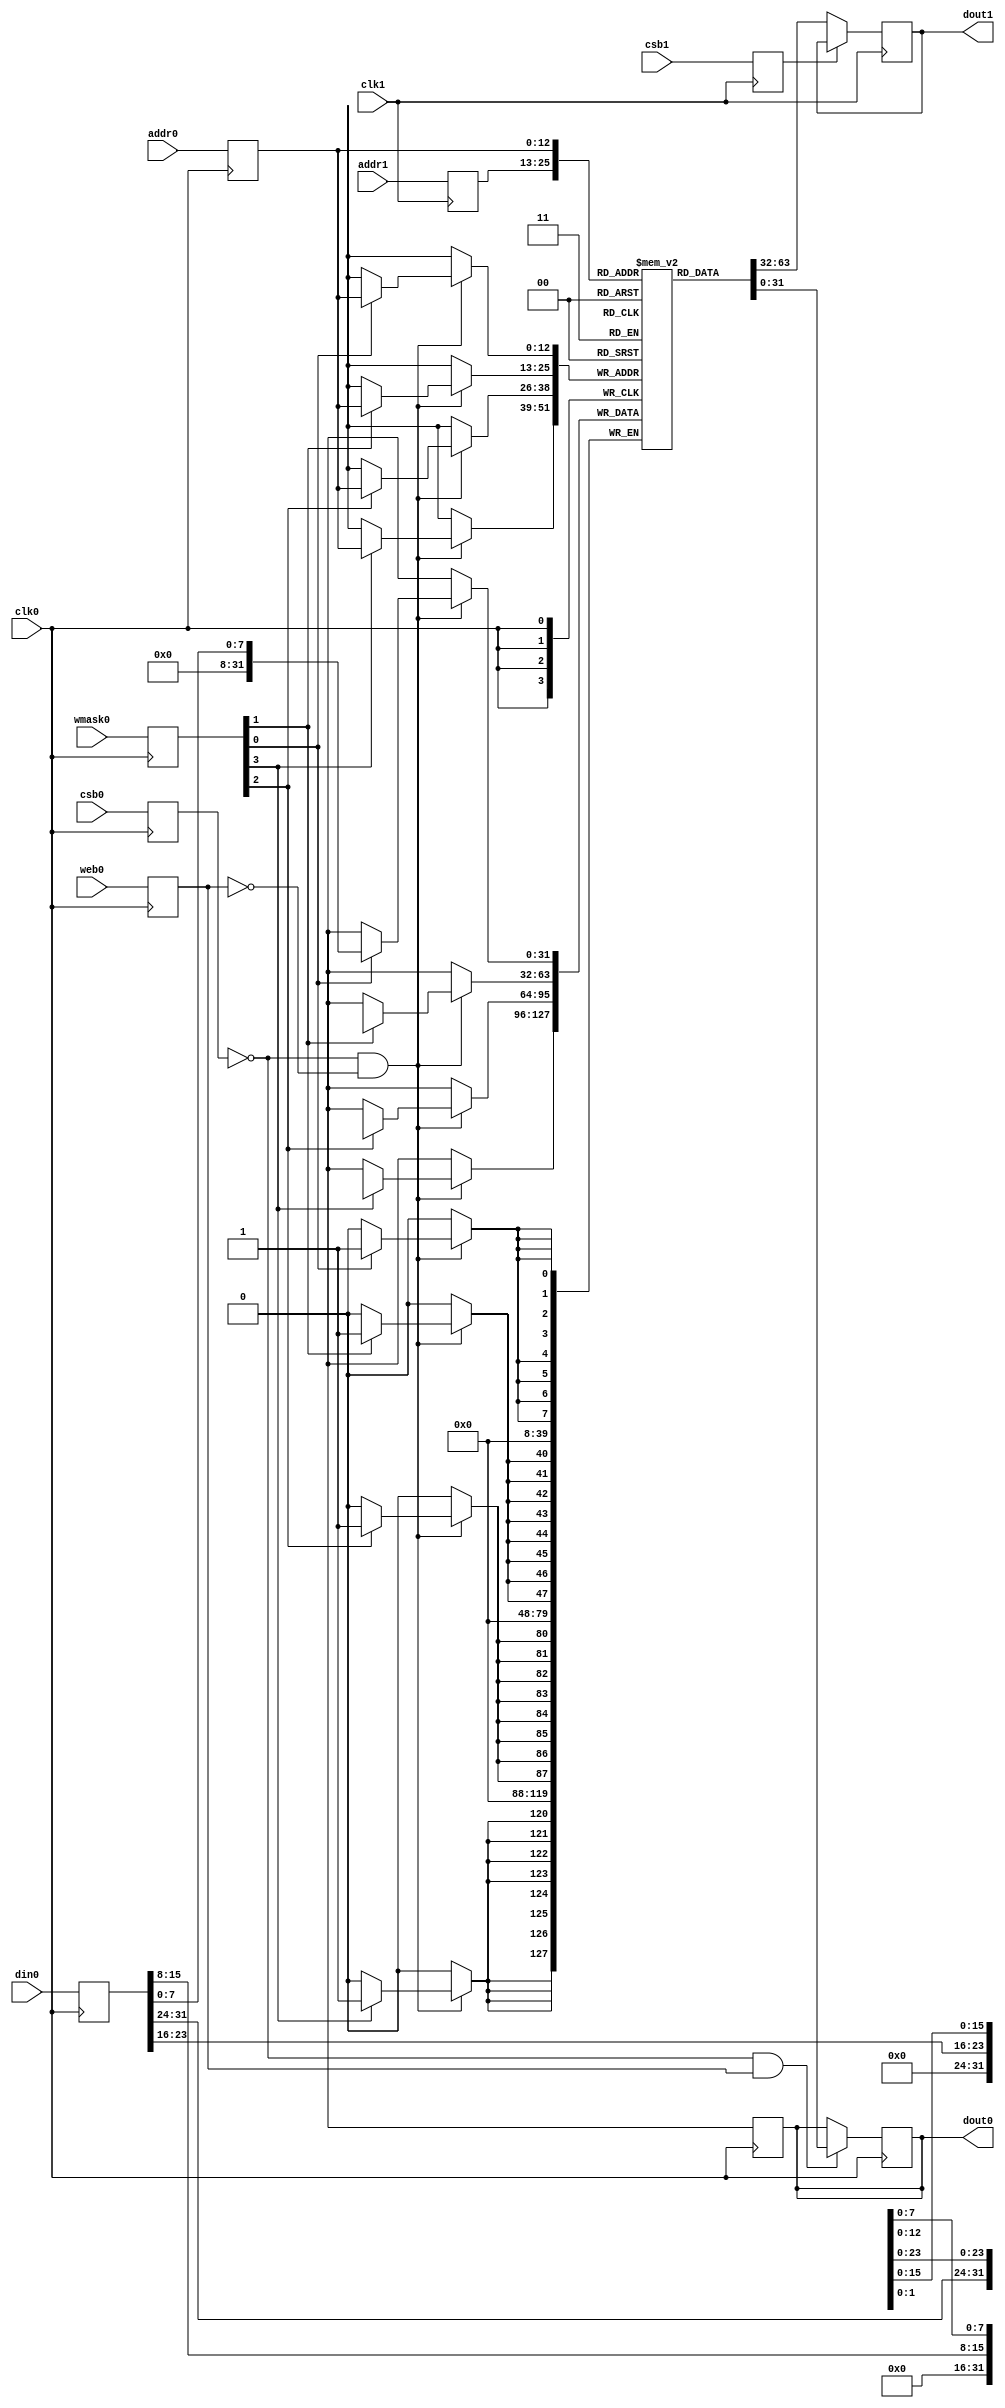
// OpenRAM SRAM model
// Words: 8192
// Word size: 32
// Write size: 8

module sram_1rw1r_32_8192_8_sky130(
// Port 0: RW
    clk0,csb0,web0,wmask0,addr0,din0,dout0,
// Port 1: R
    clk1,csb1,addr1,dout1
  );

  parameter NUM_WMASKS = 4 ;
  parameter DATA_WIDTH = 32 ;
  parameter ADDR_WIDTH = 13 ;
  parameter RAM_DEPTH = 1 << ADDR_WIDTH;
  // FIXME: This delay is arbitrary.
  parameter DELAY = 1 ;

  input  clk0; // clock
  input   csb0; // active low chip select
  input  web0; // active low write control
  input [NUM_WMASKS-1:0]   wmask0; // write mask
  input [ADDR_WIDTH-1:0]  addr0;
  input [DATA_WIDTH-1:0]  din0;
  output [DATA_WIDTH-1:0] dout0;
  input  clk1; // clock
  input   csb1; // active low chip select
  input [ADDR_WIDTH-1:0]  addr1;
  output [DATA_WIDTH-1:0] dout1;

  reg  csb0_reg;
  reg  web0_reg;
  reg [NUM_WMASKS-1:0]   wmask0_reg;
  reg [ADDR_WIDTH-1:0]  addr0_reg;
  reg [DATA_WIDTH-1:0]  din0_reg;
  reg [DATA_WIDTH-1:0]  dout0;

  // All inputs are registers
  always @(posedge clk0)
  begin
    csb0_reg = csb0;
    web0_reg = web0;
    wmask0_reg = wmask0;
    addr0_reg = addr0;
    din0_reg = din0;
    dout0 = 32'bx;
`ifdef DBG
    if ( !csb0_reg && web0_reg ) 
      $display($time," Reading %m addr0=%b dout0=%b",addr0_reg,mem[addr0_reg]);
    if ( !csb0_reg && !web0_reg )
      $display($time," Writing %m addr0=%b din0=%b wmask0=%b",addr0_reg,din0_reg,wmask0_reg);
`endif 
   end

  reg  csb1_reg;
  reg [ADDR_WIDTH-1:0]  addr1_reg;
  reg [DATA_WIDTH-1:0]  dout1;

  // All inputs are registers
  always @(posedge clk1)
  begin
    csb1_reg = csb1;
    addr1_reg = addr1;
`ifdef DBG
    if (!csb0 && !web0 && !csb1 && (addr0 == addr1))
         $display($time," WARNING: Writing and reading addr0=%b and addr1=%b simultaneously!",addr0,addr1);
    dout1 = 32'bx;
    if ( !csb1_reg ) 
      $display($time," Reading %m addr1=%b dout1=%b",addr1_reg,mem[addr1_reg]);
`endif  
   end

reg [DATA_WIDTH-1:0]    mem [0:RAM_DEPTH-1];

  // Memory Write Block Port 0
  // Write Operation : When web0 = 0, csb0 = 0
  always @ (negedge clk0)
  begin : MEM_WRITE0
    if ( !csb0_reg && !web0_reg ) begin
        if (wmask0_reg[0])
                mem[addr0_reg][7:0] = din0_reg[7:0];
        if (wmask0_reg[1])
                mem[addr0_reg][15:8] = din0_reg[15:8];
        if (wmask0_reg[2])
                mem[addr0_reg][23:16] = din0_reg[23:16];
        if (wmask0_reg[3])
                mem[addr0_reg][31:24] = din0_reg[31:24];
    end
  end

  // Memory Read Block Port 0
  // Read Operation : When web0 = 1, csb0 = 0
  always @ (negedge clk0)
  begin : MEM_READ0
    if (!csb0_reg && web0_reg)
       dout0 <= #(DELAY) mem[addr0_reg];
  end

  // Memory Read Block Port 1
  // Read Operation : When web1 = 1, csb1 = 0
  always @ (negedge clk1)
  begin : MEM_READ1
    if (!csb1_reg)
       dout1 <= #(DELAY) mem[addr1_reg];
  end

endmodule